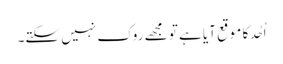
اُحُد کا موقع آیا ہے تو مجھے روک نہیں سکتے۔